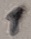
Text: 1